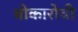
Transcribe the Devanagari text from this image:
बोकारोची